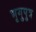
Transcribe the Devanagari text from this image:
भृगुपुत्र